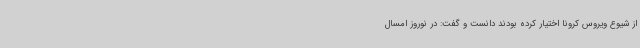
از شیوع ویروس کرونا اختیار کرده بودند دانست و گفت: در نوروز امسال